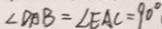
\angle D A B = \angle E A C = 9 0 ^ { \circ }